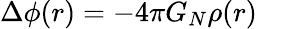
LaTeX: \Delta\phi(r)=-4\pi G_{N}\rho(r)\; \; \;